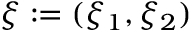
\boldsymbol { \xi } : = ( \xi _ { 1 } , \xi _ { 2 } )